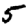
Digit: 5